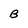
Character: B